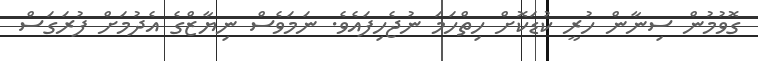
ގޮވުމުން ސިނާން ހުރީ ކުޑަކޮށް ހިތްހަމަ ނުޖެހިފައެވެ. ނަމަވެސް ނިޔާޒްގެ އެދުމަށް ފުރަގަސް